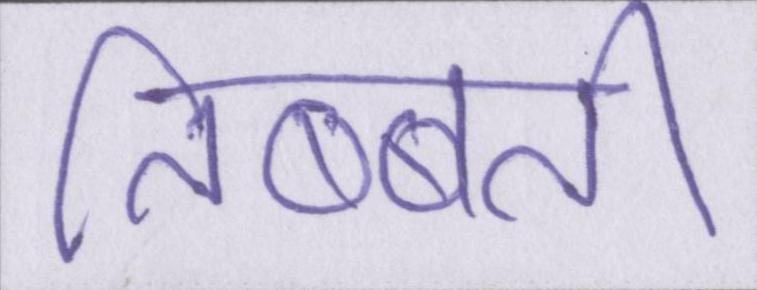
तिब्बत